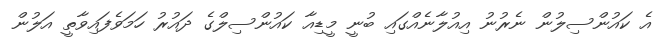
އެ ކައުންސިލުން ނެރުނު އިއުލާނެއްގައި ބުނީ މީޑިއާ ކައުންސިލްގެ ދައުރު ހަމަވެފައިވާތީ އަލުން